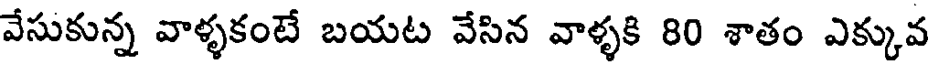
వేసుకున్న వాళ్ళకంటే బయట వేసిన వాళ్ళకి 80 శాతం ఎక్కువ